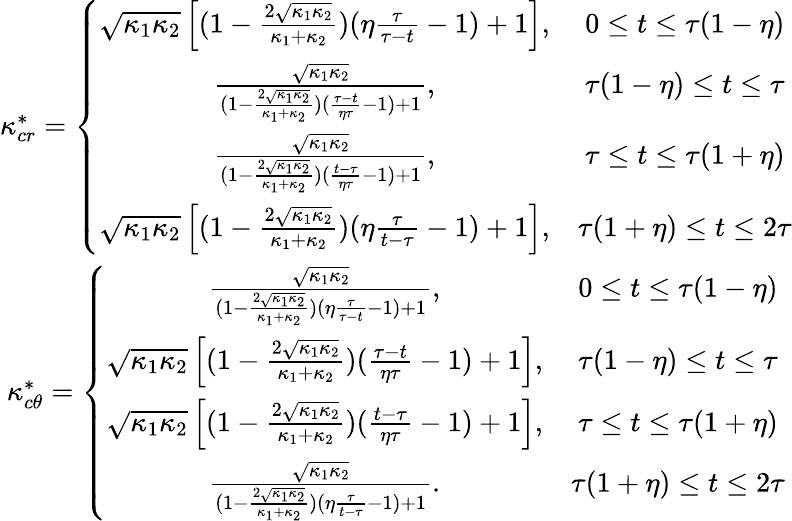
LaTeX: \begin{array}{cc}{\kappa_{cr}^{*}=\left\lbrace\begin{array}{cc}{\sqrt{\kappa_{1}\kappa_{2}}\left[(1-\frac{2\sqrt{\kappa_{1}\kappa_{2}}}{\kappa_{1}+\kappa_{2}})(\eta\frac{\tau}{\tau-t}-1)+1\right],}&{0\le t\le\tau(1-\eta)}\\ {\frac{\sqrt{\kappa_{1}\kappa_{2}}}{(1-\frac{2\sqrt{\kappa_{1}\kappa_{2}}}{\kappa_{1}+\kappa_{2}})(\frac{\tau-t}{\eta\tau}-1)+1},}&{\tau(1-\eta)\le t\le\tau}\\ {\frac{\sqrt{\kappa_{1}\kappa_{2}}}{(1-\frac{2\sqrt{\kappa_{1}\kappa_{2}}}{\kappa_{1}+\kappa_{2}})(\frac{t-\tau}{\eta\tau}-1)+1},}&{\tau\le t\le\tau(1+\eta)}\\ {\sqrt{\kappa_{1}\kappa_{2}}\left[(1-\frac{2\sqrt{\kappa_{1}\kappa_{2}}}{\kappa_{1}+\kappa_{2}})(\eta\frac{\tau}{t-\tau}-1)+1\right],}&{\tau(1+\eta)\le t\le 2\tau}\end{array}\right.}\\ {\kappa_{c\theta}^{*}=\left\lbrace\begin{array}{cc}{\frac{\sqrt{\kappa_{1}\kappa_{2}}}{(1-\frac{2\sqrt{\kappa_{1}\kappa_{2}}}{\kappa_{1}+\kappa_{2}})(\eta\frac{\tau}{\tau-t}-1)+1},}&{0\le t\le\tau(1-\eta)}\\ {\sqrt{\kappa_{1}\kappa_{2}}\left[(1-\frac{2\sqrt{\kappa_{1}\kappa_{2}}}{\kappa_{1}+\kappa_{2}})(\frac{\tau-t}{\eta\tau}-1)+1\right],}&{\tau(1-\eta)\le t\le\tau}\\ {\sqrt{\kappa_{1}\kappa_{2}}\left[(1-\frac{2\sqrt{\kappa_{1}\kappa_{2}}}{\kappa_{1}+\kappa_{2}})(\frac{t-\tau}{\eta\tau}-1)+1\right],}&{\tau\le t\le\tau(1+\eta)}\\ {\frac{\sqrt{\kappa_{1}\kappa_{2}}}{(1-\frac{2\sqrt{\kappa_{1}\kappa_{2}}}{\kappa_{1}+\kappa_{2}})(\eta\frac{\tau}{t-\tau}-1)+1}.}&{\tau(1+\eta)\le t\le 2\tau}\end{array}\right.}\end{array}